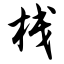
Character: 栈